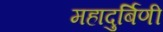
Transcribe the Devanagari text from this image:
महादुर्बिणी